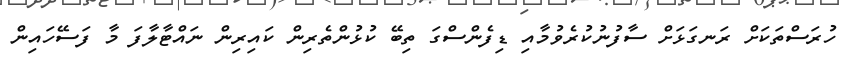
ހުރަސްތަކަށް ރަނގަޅަށް ސާފުނުކުރެވުމާއި ޑިފެންސްގަ ތިބޭ ކުޅުންތެރިން ކައިރިން ނައްޓާލާފަ މާ ފަސޭހައިން